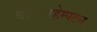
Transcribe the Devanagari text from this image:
वोल्वरहेम्पटन